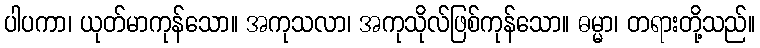
ပါပကာ၊ ယုတ်မာကုန်သော။ အကုသလာ၊ အကုသိုလ်ဖြစ်ကုန်သော။ ဓမ္မာ၊ တရားတို့သည်။